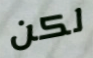
لكن